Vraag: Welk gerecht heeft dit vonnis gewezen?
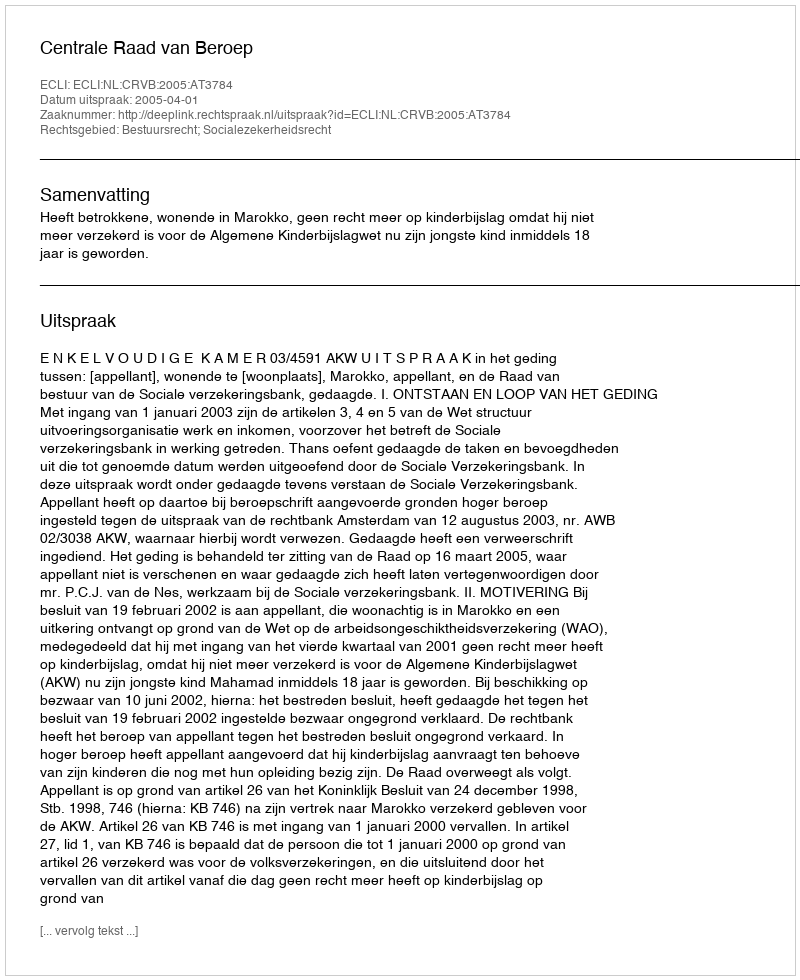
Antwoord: Centrale Raad van Beroep